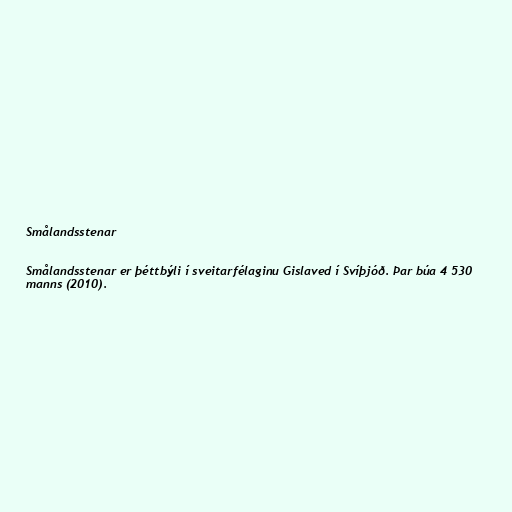
Smålandsstenar

Smålandsstenar er þéttbýli í sveitarfélaginu Gislaved í Svíþjóð. Þar búa 4 530
manns (2010).